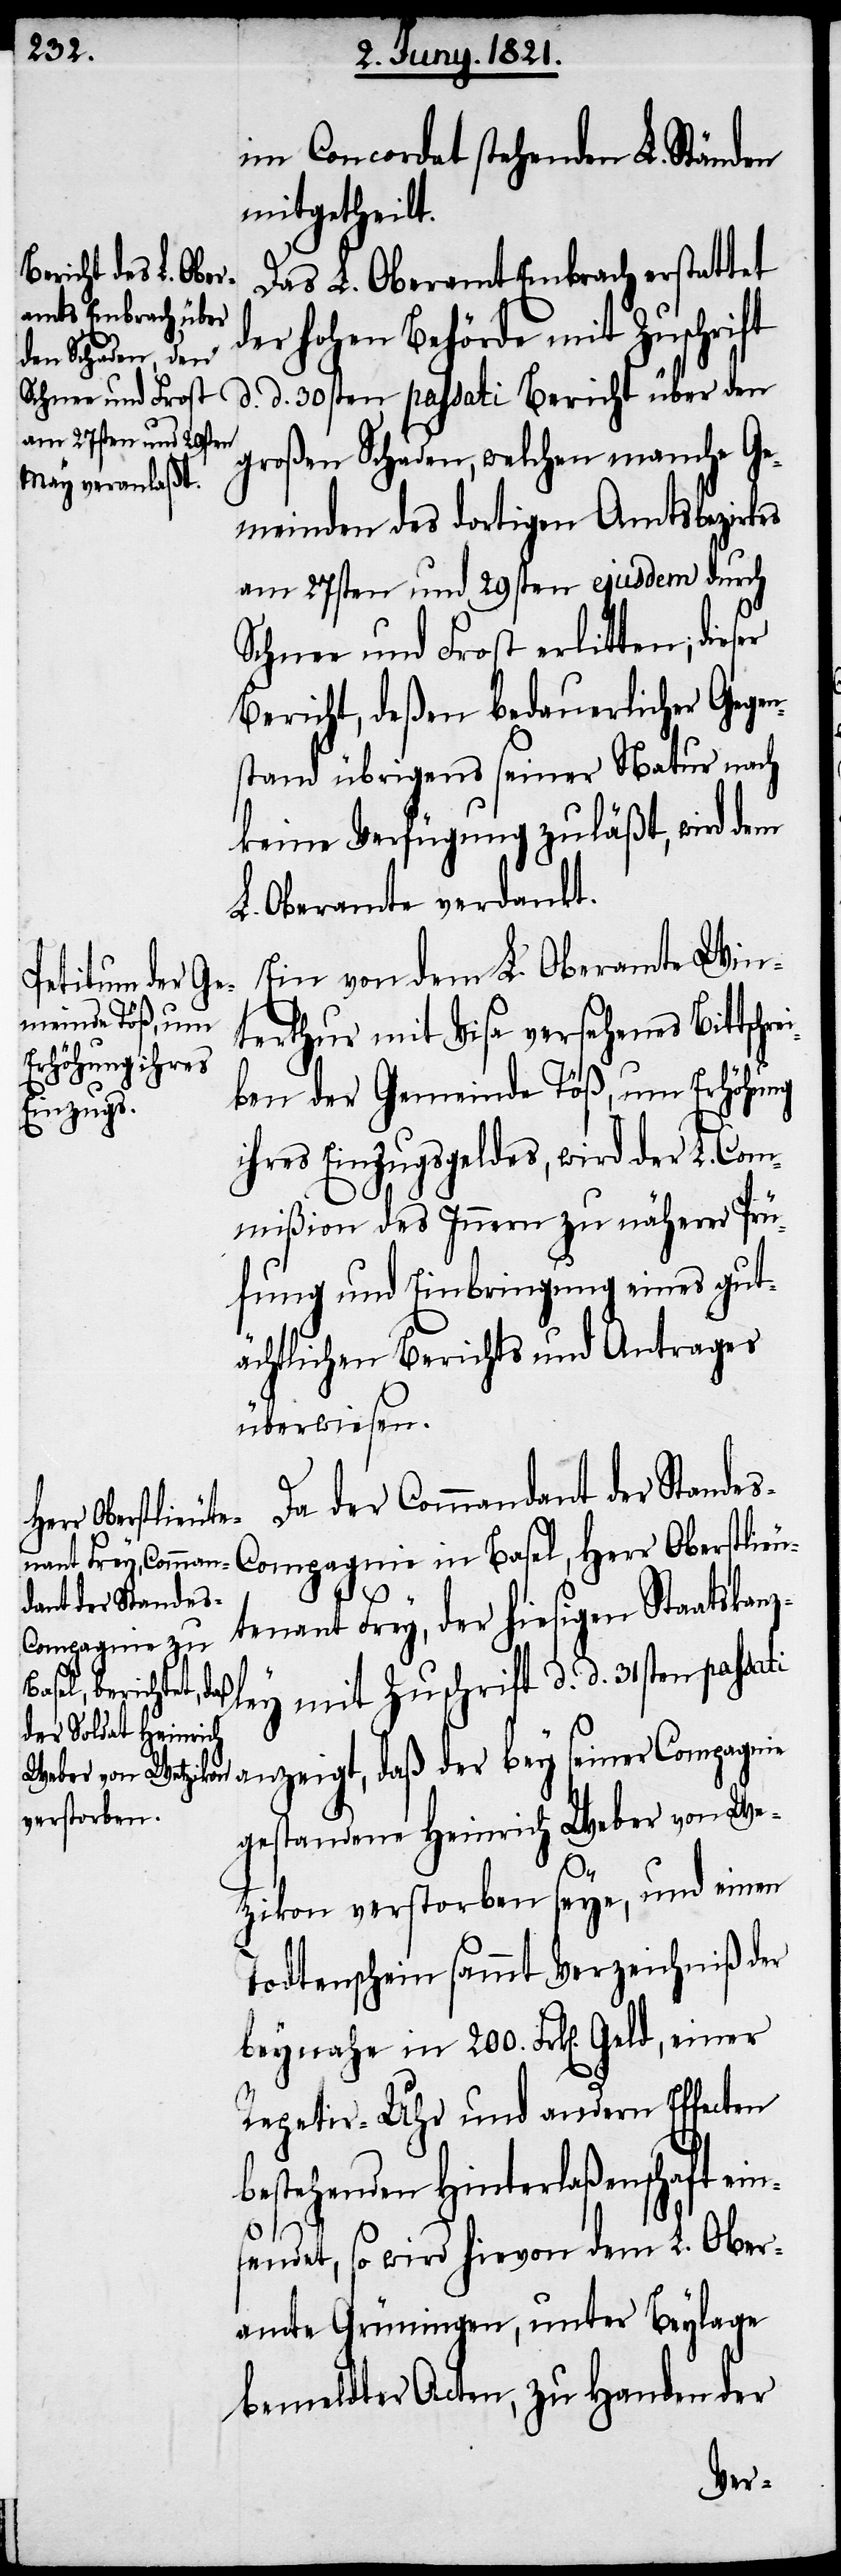
im Concordat stehenden L. Ständen
mitgetheilt.
Das L. Oberamt Embrach erstattet
der hohen Behörde mit Zuschrift
d. d. 30sten passati Bericht über den
großen Schaden, welchen manche Ge¬
meinden des dortigen Amtsbezirkes
am 27sten und 29sten ejusdem durch
Schnee und Frost erlitten; dieser
Bericht, deßen bedauerlicher Gegen¬
stand übrigens seiner Natur nach
keine Verfügung zuläßt, wird dem
L. Oberamt verdankt.
Ein von dem L. Oberamte Win¬
terthur mit Visa versehenes Bittschr¬
ben der Gemeinde Töß, um Erhöhung
ihres Einzugsgeldes, wird der L. Com¬
mißion des Innern zu näherer Prü¬
fung und Einbringung eines gut¬
ächtlichen Berichts und Antrages
überwiesen.
Da der Commandant der Stande¬
der bey seiner
s-Compagnie in Basel, Herr Oberstlieu¬
tenant Frey, der hiesigen Staatskanz¬
ley mit Zuschrift d. d. 31sten passa¬
ti anzeigt, daß
gestandene Heinrich Weber von We¬
tzikon verstorben seye, und einen
Todtenschein sammt Verzeichniß der
beynahe in 200. Frk[en]. Geld, einer
Repetir-Uhr und andern Effecten
bestehenden Hinterlaßenschaft ein¬
sendet, so wird hievon dem L. Ober¬
amte Grüningen, unter Beylage
bemeldter Acten, zu Handen der
ei¬